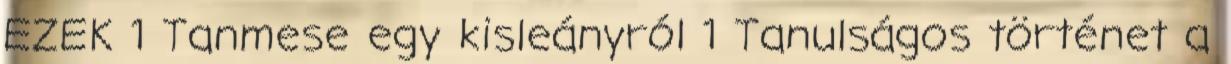
EZEK 1 Tanmese egy kisleányról 1 Tanulságos történet a